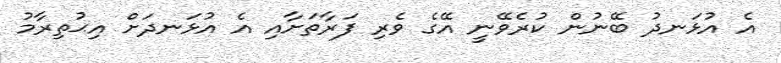
އެ އުޅަނދު ބޭނުން ކުރެވޭނީ އޭގެ ވެރި ފަރާތަށާއި އެ އުޅަނދަށް އިޙުތިރާމު